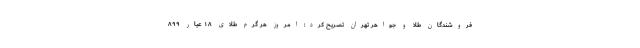
فروشندگان طلا و جواهر تهران تصریح کرد: امروز هر گرم طلای ۱۸ عیار ۸۹۹